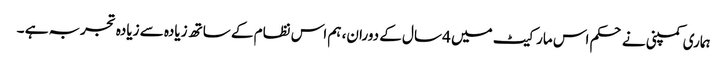
ہماری کمپنی نے حکم اس مارکیٹ میں 4 سال کے دوران، ہم اس نظام کے ساتھ زیادہ سے زیادہ تجربہ ہے ۔